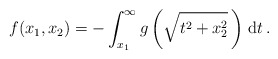
\begin{align*} f(x_1, x_2) = -\int_{x_1}^\infty g\left(\sqrt{t^2+x_2^2}\, \right)\, \mathrm{d}t\,.\end{align*}